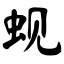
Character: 蚬